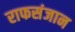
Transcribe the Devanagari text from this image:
राफसंजान